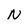
Character: N